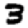
Digit: 3